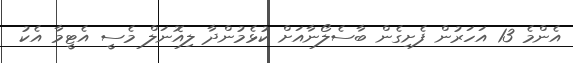
އެންމެ 13 އަހަރުން ފެށިގެން ބާސެލޯނާއަށް ކުޅެމުންދާ ލިއޮނަލް މެސީ އެޓީމާ އެކު